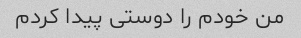
من خودم را دوستی پیدا کردم